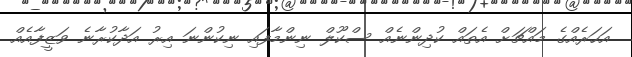
އަހަރެއްގެ މައްޗަށް އެތައް ކުދިންނެއް ސްކޫލް ނިންމާފައި ނިކުންނަ އިރު އަދާކުރާނެ ވަޒީފާއެއް